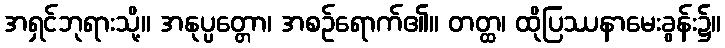
အရှင်ဘုရားသို့။ အနုပ္ပတ္တော၊ အစဉ်ရောက်၏။ တတ္ထ၊ ထိုပြဿနာမေးခွန်း၌။